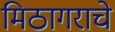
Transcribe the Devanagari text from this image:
मिठागराचे